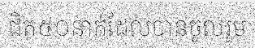
ជិត៥០នាក់ដែលបានចូលរួម